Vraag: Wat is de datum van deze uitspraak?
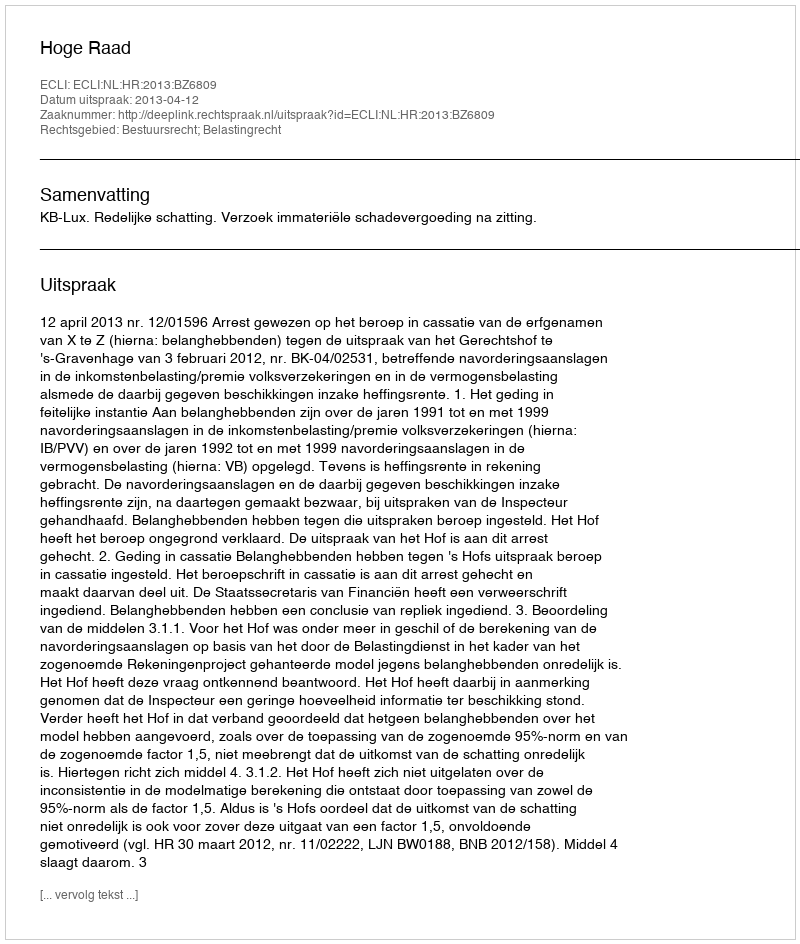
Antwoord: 2013-04-12